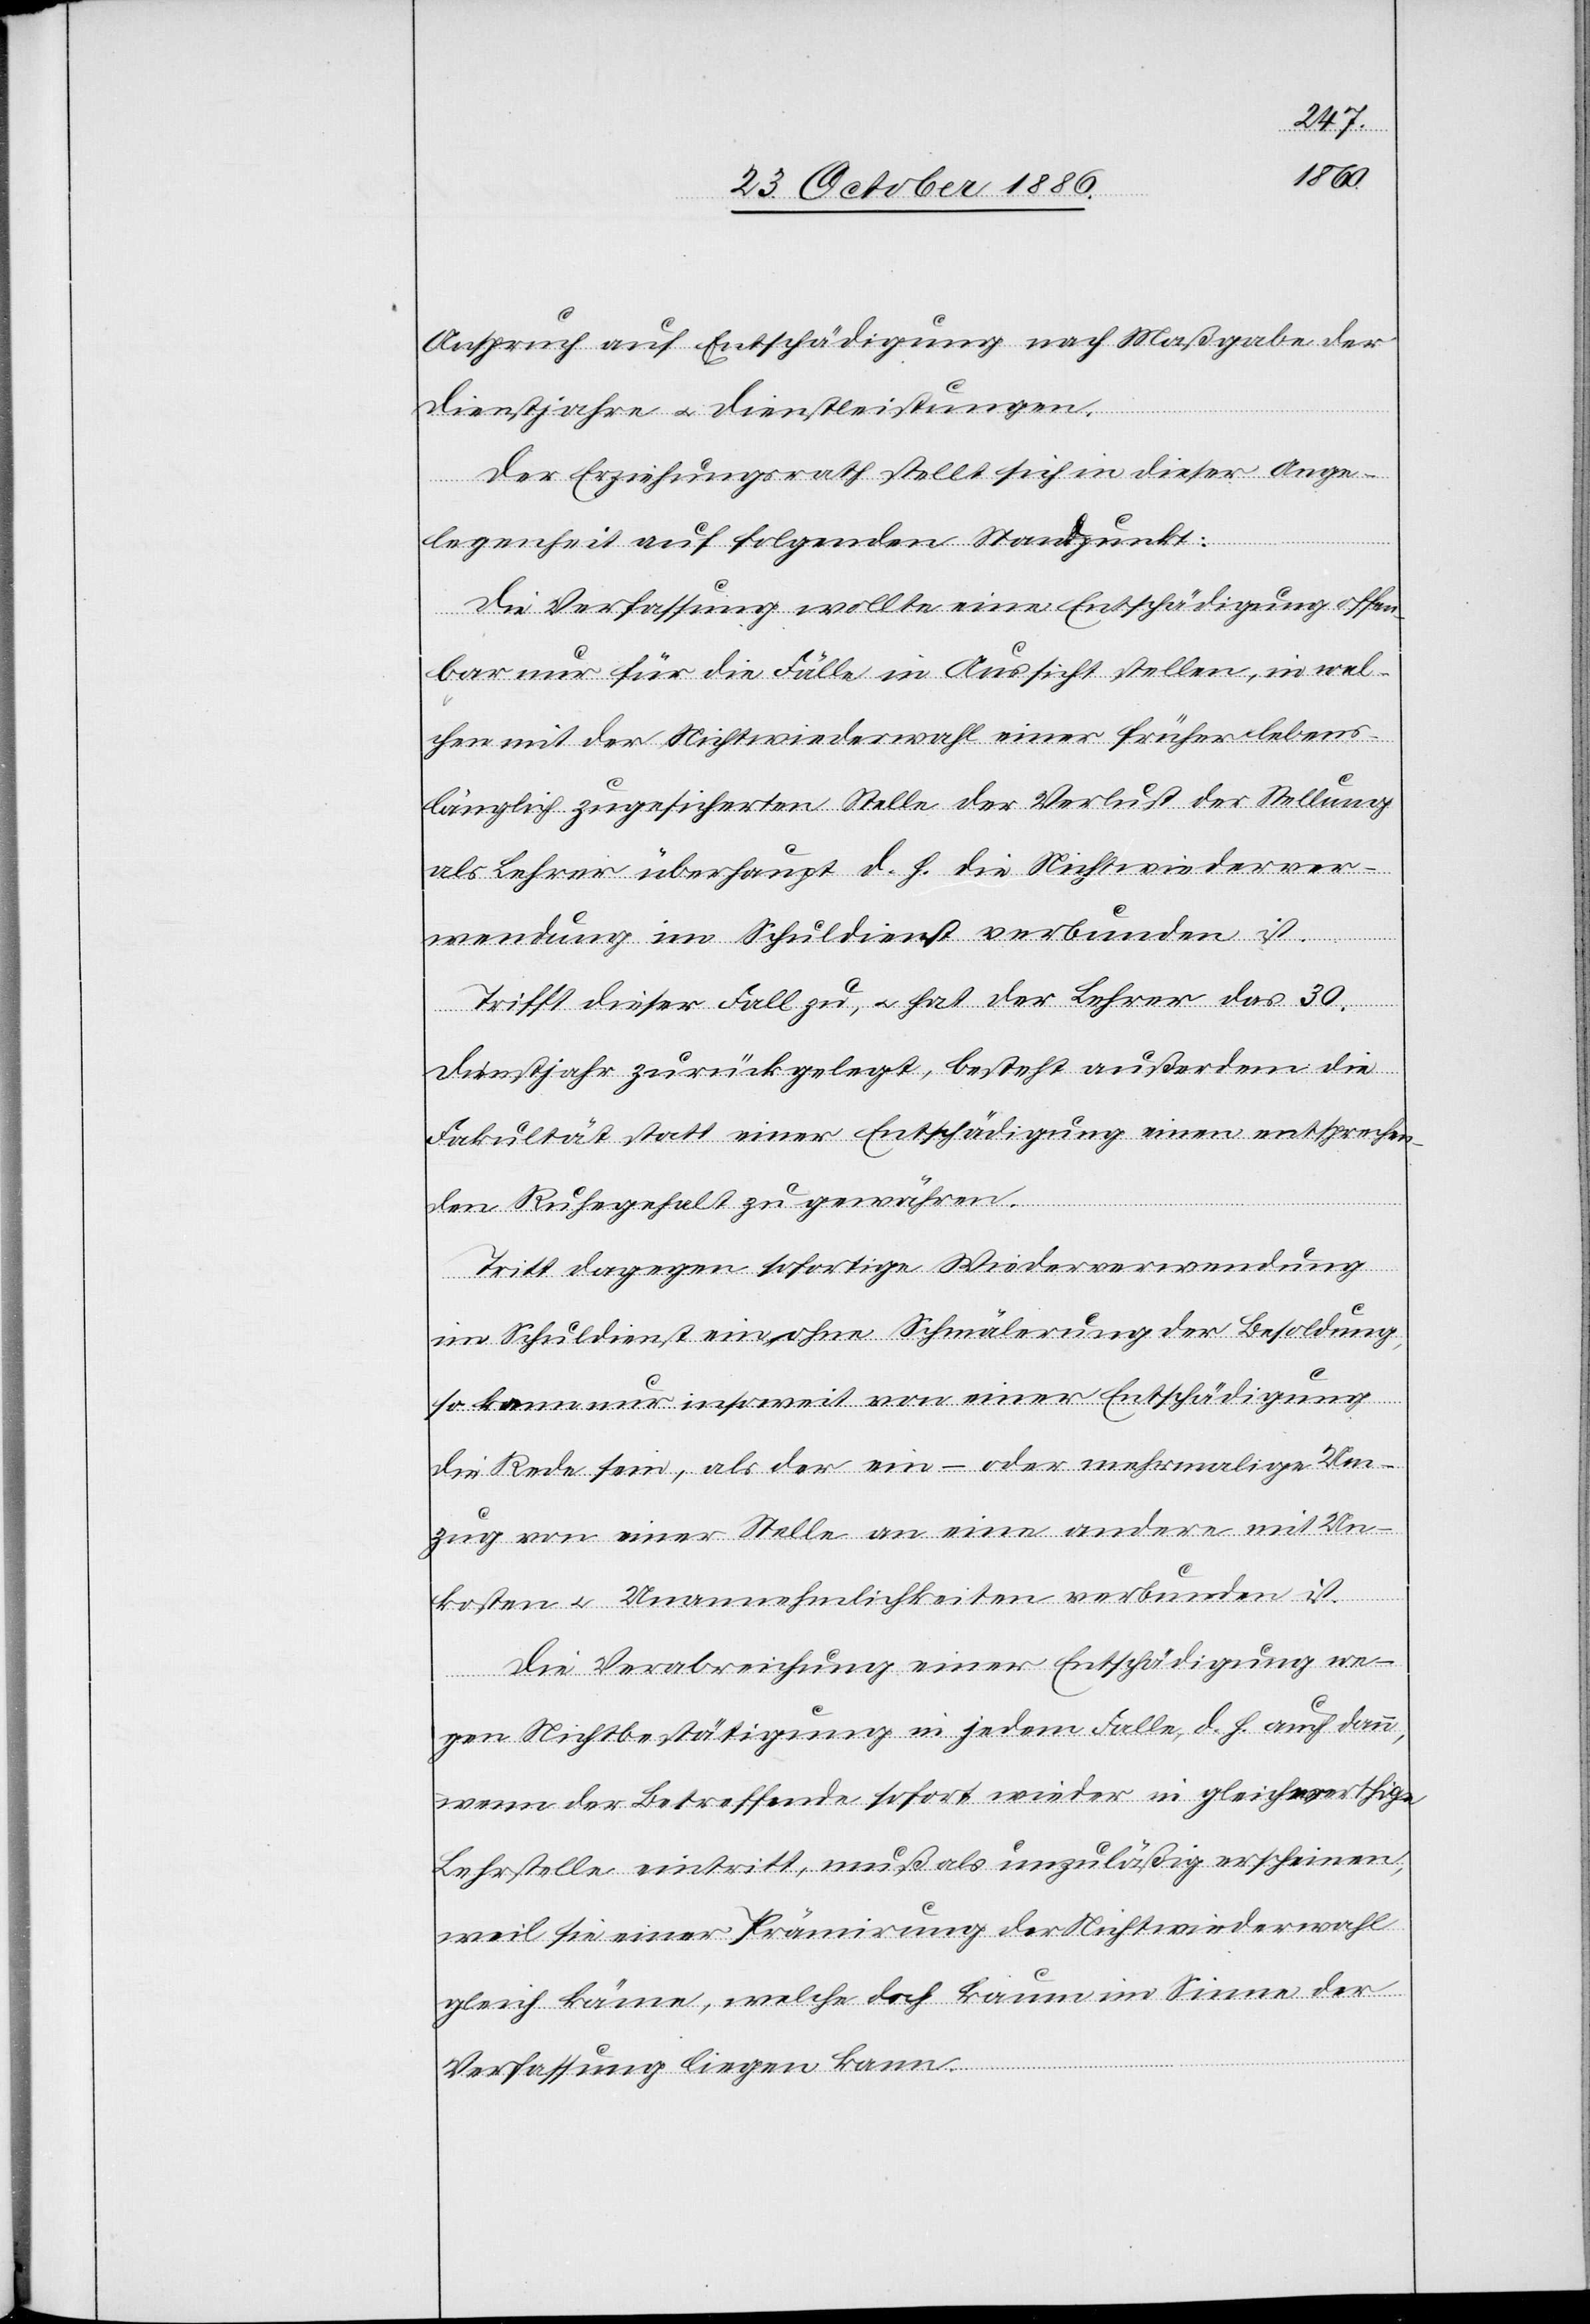
Anspruch auf Entschädigung nach Maßgabe der
Dienstjahre & Dienstleistungen.
Der Erziehungsrath stellt sich in dieser Ange¬
legenheit auf folgenden Standpunkt:
Die Verfassung wollte eine Entschädigung offen¬
bar nur für die Fälle in Aussicht stellen, in wel¬
chen mit der Nichtwiederwahl einer früher lebens¬
länglich zugesicherten Stelle der Verlust der Stellung
als Lehrer überhaupt d. h. die Nichtwiederver¬
wendung im Schuldienst verbunden ist.
Trifft dieser Fall zu, & hat der Lehrer das 30.
Dienstjahr zurückgelegt, besteht außerdem die
Fakultät statt einer Entschädigung einen entsprechen¬
den Ruhegehalt zu gewähren.
Tritt dagegen sofortige Wiederverwendung
im Schuldienst ein ohne Schmälerung der Besoldung,
so kann nur insoweit von einer Entschädigung
die Rede sein, als der ein- oder mehrmalige Um¬
zug von einer Stelle an eine andere mit Un¬
kosten & Unannehmlichkeiten verbunden ist.
Die Verabreichung einer Entschädigung we¬
gen Nichtbestätigung in jedem Falle, d. h. auch dann,
wenn der Betreffende sofort wieder in gleichwerthige
Lehrstelle eintritt, muß als unzuläßig erscheinen,
weil sie einer Prämirung der Nichtwiederwahl
gleich käme, welche doch kaum im Sinne der
Verfassung liegen kann.